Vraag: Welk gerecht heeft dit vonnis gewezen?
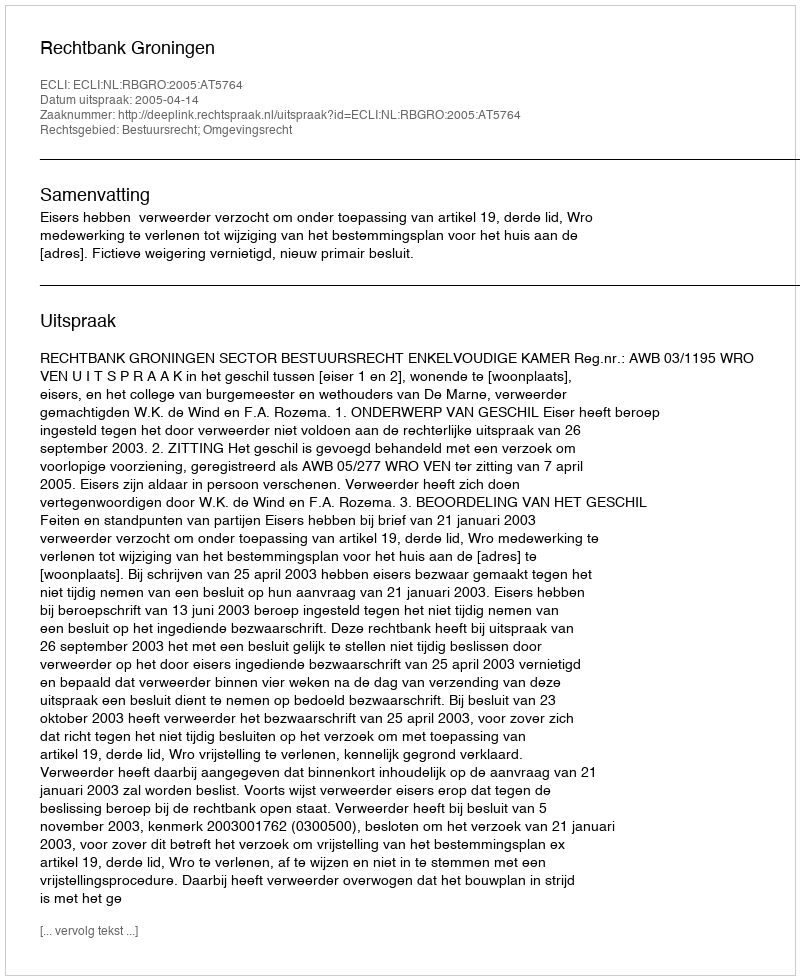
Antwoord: Rechtbank Groningen